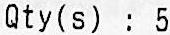
QTY(S) : 5